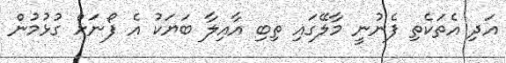
އަދި އެތަކެތި ފެނުނީ މާލޭގައި ތިބި އާއިލާ ބަޔަކު އެ ފޯނަށް ގުޅުމުން